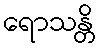
ရောသန္တိ